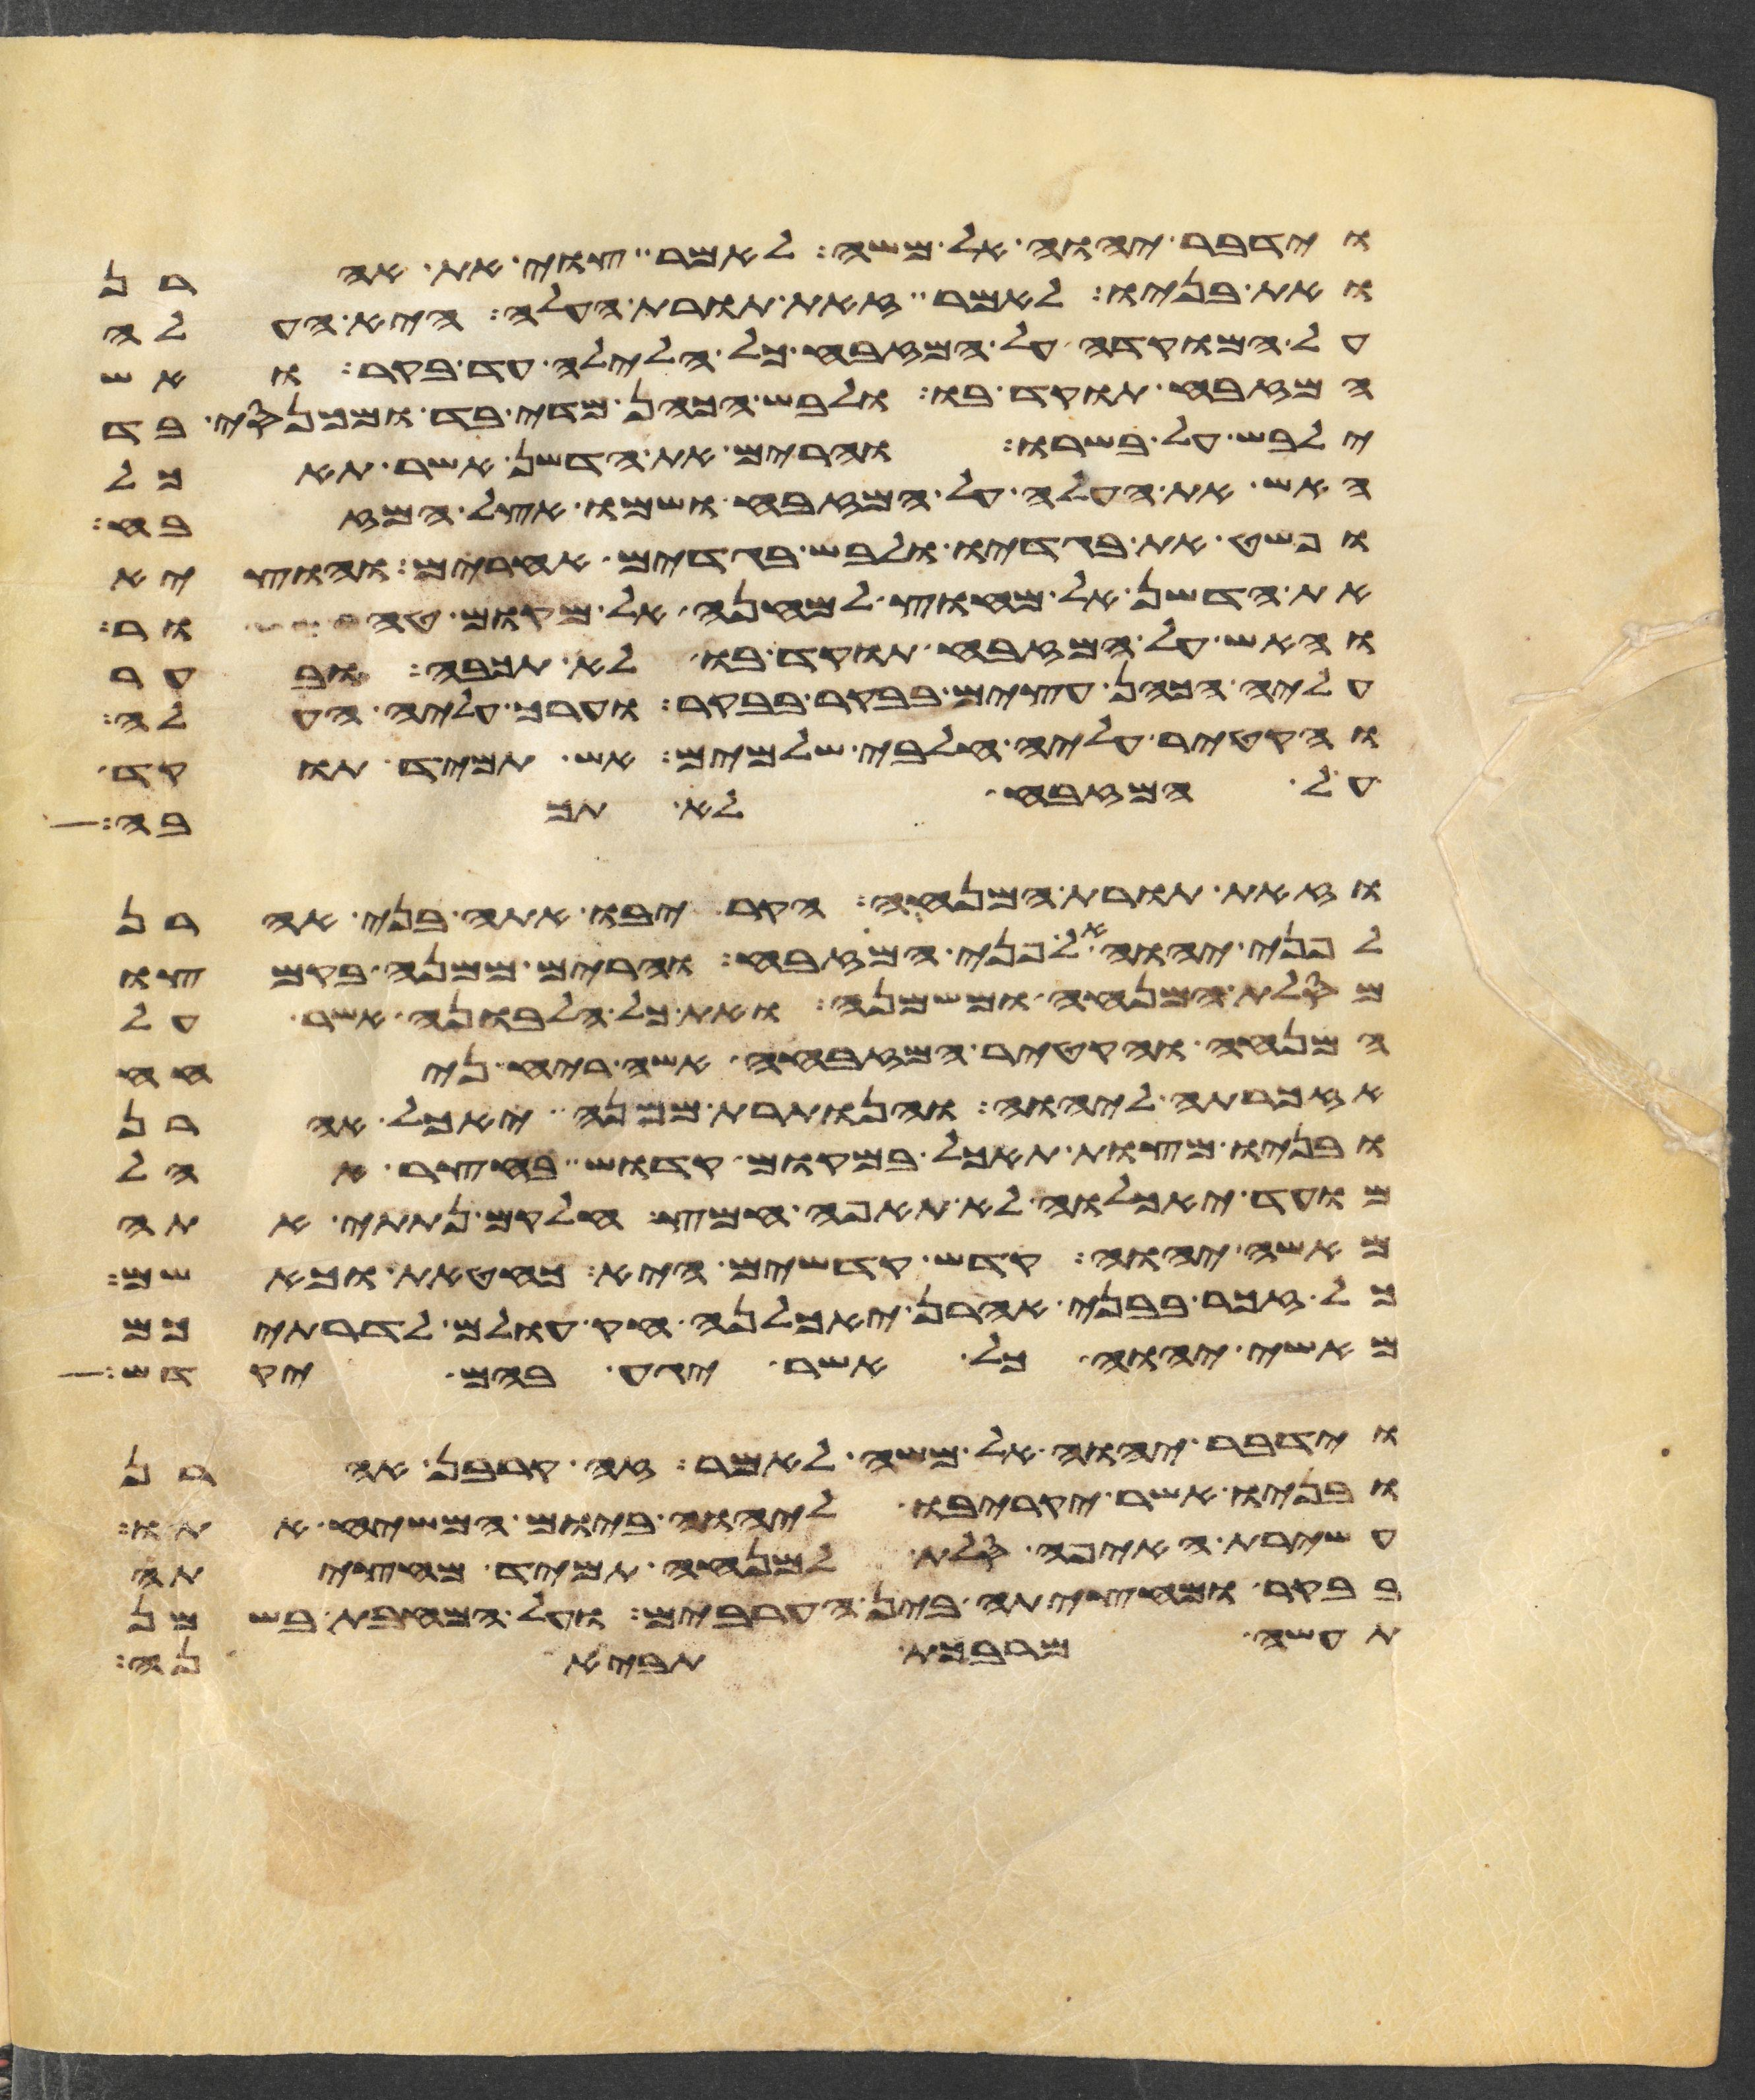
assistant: וידבר יהוה אל משה לאמר צוי את אהרן
ואת בניו לאמר זאת תורת העלה היא העלה
על המוקדה על המזבח כל הלילה עד בקר ואש
המזבח תוקד בו ולבש הכהן מדי בד ומכנסי בד
ילבש על בשרו והרים את הדשן אשר תאכל
האש את העלה על המזבח ושמו אצל המזבח
ופשט את בגדיו ולבש בגדים אחרים והוציא
את הדשן אל מחוץ למחנה אל מקום טהור
והאש על המזבח תוקד בו לא תכבה ובער
עליה הכהן עצים בבקר בבקר וערך עליה העלה
והקטיר עליה חלבי שלמים אש תמיד תוקד
על המזבח לא תכבה
וזאת תורת המנחה הקריבו אתה בני אהרן
לפני יהוה אל פני המזבח והרים ממנה בקמצו
מסלת המנחה ומשמנה ואת כל הלבונה אשר על
המנחה והקטיר המזבחה אשה ריח ניחח
אזכרתה ליהוה והנותרת ממנה יאכל אהרן
ובניו מצות תאכל במקום קדוש בחצר אהל
מועד יאכלוה לא תאפה חמץ חלקם נתתי אתה
מאשי יהוה קדש קדשים היא כחטאת כאשם
כל זכר בבני אהרן יאכלנה חק עולם לדרתיכם
מאשי יהוה כל אשר יגע בהם יקדש
וידבר יהוה אל משה לאמר זה קרבן אהרן
ובניו אשר יקריבו ליהוה ביום המשיח אתו
עשירת האיפה סלת למנחה תמיד מחציתה
בבקר ומחציתה בין הערבים על המחבת בשמן
תעשה מרבכת תביאנה